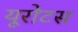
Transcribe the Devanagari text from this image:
यूरोटस